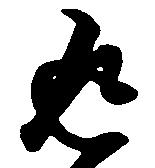
返